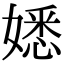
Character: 𡡁